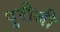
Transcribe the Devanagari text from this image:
पुरीजी